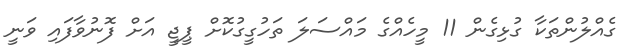
ގެއްލުންތަކާ ގުޅިގެން 11 މީހެއްގެ މައްސަލަ ތަހުގީގުކޮށް ޕީޖީ އަށް ފޮނުވާފައި ވަނީ